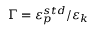
\Gamma = \varepsilon _ { p } ^ { s t d } / \varepsilon _ { k }